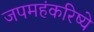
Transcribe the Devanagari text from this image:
जपमहंकरिष्ये